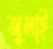
জ্বলাই